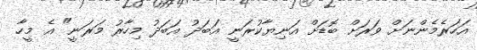
އަހަރެމެންނަށް ވަރަށް ބޮޑަށް އަނިޔާކުރަނީ އަބަދު އަބަދު މިހާރު މަރަނީ" އެ މީހާ